Note on the mental hospitals in Burma - 1925-1940
Year: 1925
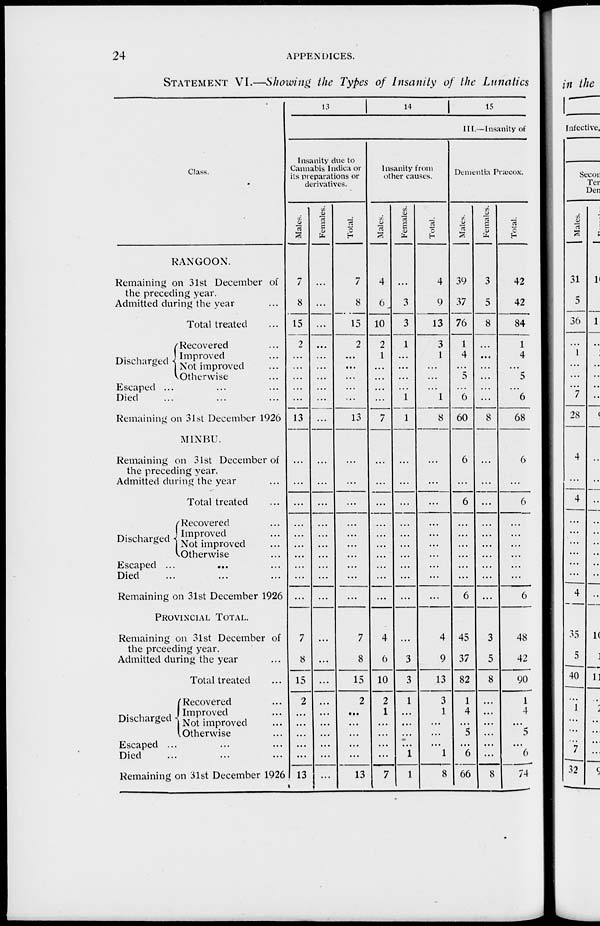
24
APPENDICES.
STATEMENT VI.—Showing the Types of Insanity of the Lunatics
Class.
RANGOON.
Remaining on 31st December of
the preceding year.
Admitted during the year ...
Total treated ...
Discharged
Recovered ...
Improved ...
Not improved ...
Otherwise ...
Escaped ... ... ...
Died ... ... ...
Remaining on 31st December 1926
MINBU.
Remaining on 31st December of
the preceding year.
Admitted during the year ...
Total treated ...
Discharged
Recovered ...
Improved ...
Not improved ...
Otherwise ...
Escaped ...
...
...
Died ... ... ...
Remaining on 31st December 1926
PROVINCIAL TOTAL.
Remaining on 31st December of
the preceding year.
Admitted during the year ...
Total treated ...
Discharged
Recovered ...
Improved ...
Not improved ...
Otherwise ...
Escaped ... ... ...
Died ... ... ...
Remaining on 31st December 1926
13
14 15
III.—Insanity of
Insanity due to
Cannabis Indica or
its preparations or
derivatives.
Males.
7
8
15
2
...
...
...
...
...
13
...
...
...
...
...
...
...
...
...
...
7
8
15
2
...
...
...
...
...
13
Females.
...
...
...
...
...
...
...
...
...
...
...
...
...
...
...
...
...
...
...
...
...
...
...
...
...
...
...
...
...
...
Total.
7
8
15
2
...
...
...
...
...
13
...
...
...
...
...
...
...
...
...
...
7
8
15
2
...
...
...
...
...
13
Insanity from
other causes.
Males.
4
6
10
2
1
...
...
...
...
7
...
...
...
...
...
...
...
...
...
...
4
6
10
2
1
...
...
...
...
7
Females.
...
3
3
1
...
...
...
...
1
1
...
...
...
...
...
...
...
...
...
...
...
3
3
1
...
...
...
...
1
1
Total.
4
9
13
3
1
...
...
...
1
8
...
...
...
...
...
...
...
...
...
...
4
9
13
3
1
...
...
...
1
8
Dementia Præcox.
Males.
39
37
76
1
4
...
5
...
6
60
6
...
6
...
...
...
...
...
...
6
45
37
82
1
4
...
5
...
6
66
Females.
3
5
8
...
...
...
...
...
...
8
...
...
...
...
...
...
...
...
...
...
3
5
8
...
...
...
...
...
...
8
Total.
42
42
84
1
4
...
5
...
6
68
6
...
6
...
...
...
...
...
...
6
48
42
90
1
4
...
5
...
6
74